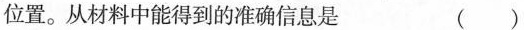
位置。从材料中能得到的准确信息是 （）